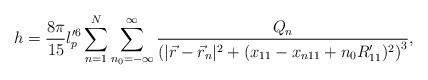
LaTeX: \begin{align*}h = \frac{8 \pi}{15} l_p^{\prime 6}\sum_{n=1}^{N} \sum_{n_0 = -\infty}^{\infty} \frac{Q_n}{\left( |\vec{r} - \vec{r}_n |^2 + (x_{11} - x_{n11} + n_0 R_{11}^{\prime} )^2 \right)^3} ,\end{align*}